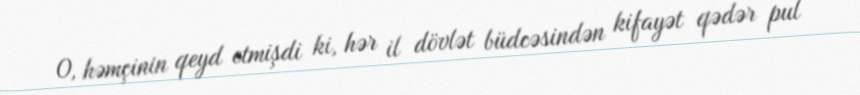
O, həmçinin qeyd etmişdi ki, hər il dövlət büdcəsindən kifayət qədər pul